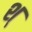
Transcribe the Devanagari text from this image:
श्‌